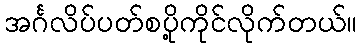
အင်္ဂလိပ်ပတ်စပို့ကိုင်လိုက်တယ်။